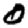
Digit: 0